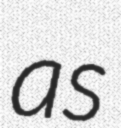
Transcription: as